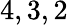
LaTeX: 4,3,2